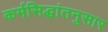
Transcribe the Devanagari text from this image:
कर्मसिद्धांतनुसार